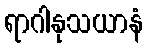
ရာဂါနုသယာနံ